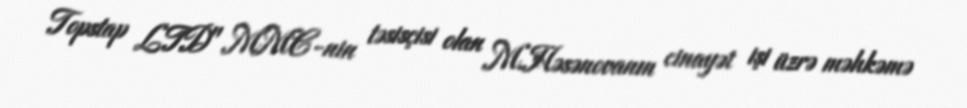
Topstap LTD" MMC-nin təsisçisi olan M.Həsənovanın cinayət işi üzrə məhkəmə